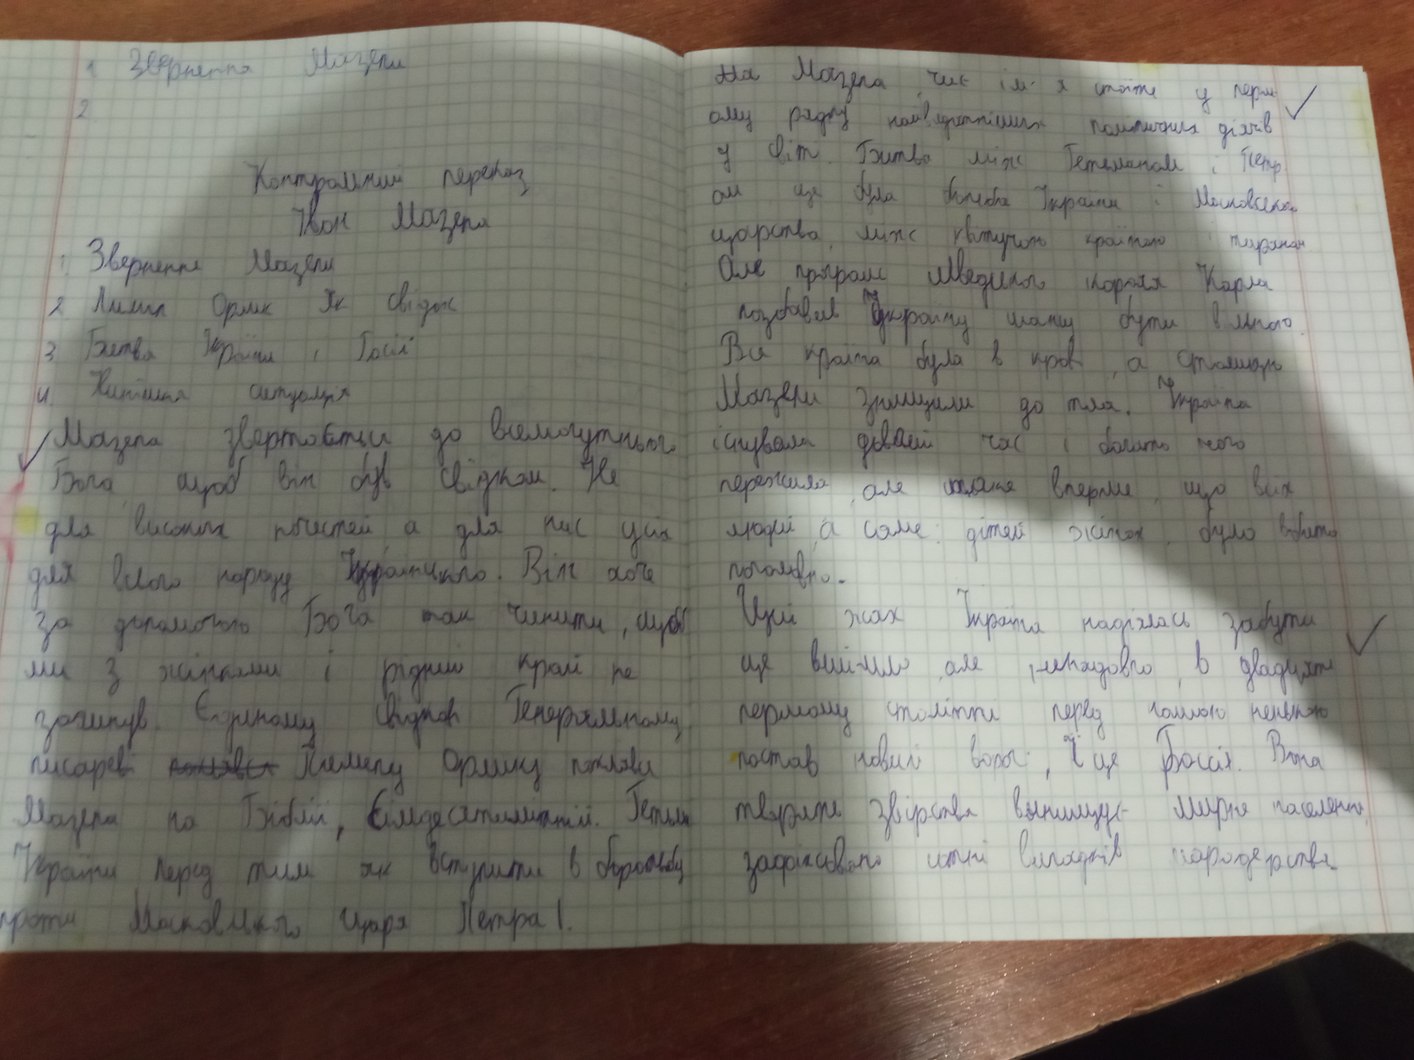
1. Звернення Мазепи
~~Ма~~ Мазепа чиє ім'я стоїть у перш
✓
2
ому рядку найвидатніших політичних діячів
у світ. Битва між Гетьманом і Петр-
Контрольний переказ
ом це була боротьба України і Московського
Іван Мазепа
царства, між квітучою країною тираном.
1. Звернення Мазепи
Але програш шведського короля Карла
2 Пилип Орлик як свідок
позбавив Україну шансу бути вільною.
3 Битва України і Росії
Вся країна була в крові, а столиця
4. Кипішна ситуація
Мазепи знищили до тла. Україна
Мазепа звертається до всемогутнього
існувала довгий час і багато чого
пережила, але таке вперше, що всіх
Бога щоб він був свідком. Не
людей а саме: дітей, жінок, було вбито
для високих почестей а для нас усіх
поголовно.
для всього народу українського. Він хоче
Цей жах Україна надіялась забути
за допомогою Бога так чинити, щоб
✓
це вийшло, але ненадовго, в двадцять
ми з жінками і рідний край не
першому столітті перед нашою державою
загинув. Єдиному Свідкові Генеральному
постав новий ворог, і це Росія. Вона
писареві ~~полівсь~~ Пилипу Орлику поклявся
творять звірства винищує мирне населення
Мазепа на Біблії, сімдесятилітній. Гетьман
зафіксовано сотні випадків мародерства.
України. Перед тим як вступити в боротьбу
проти Московського Царя Петра I.